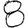
Digit: 8